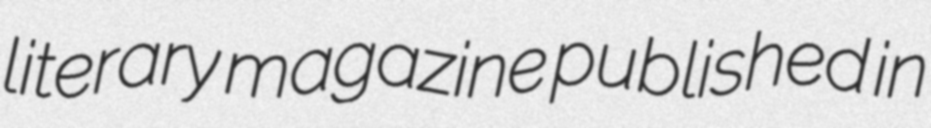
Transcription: literary magazine published in